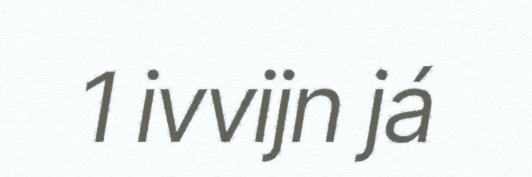
1 ivvijn já